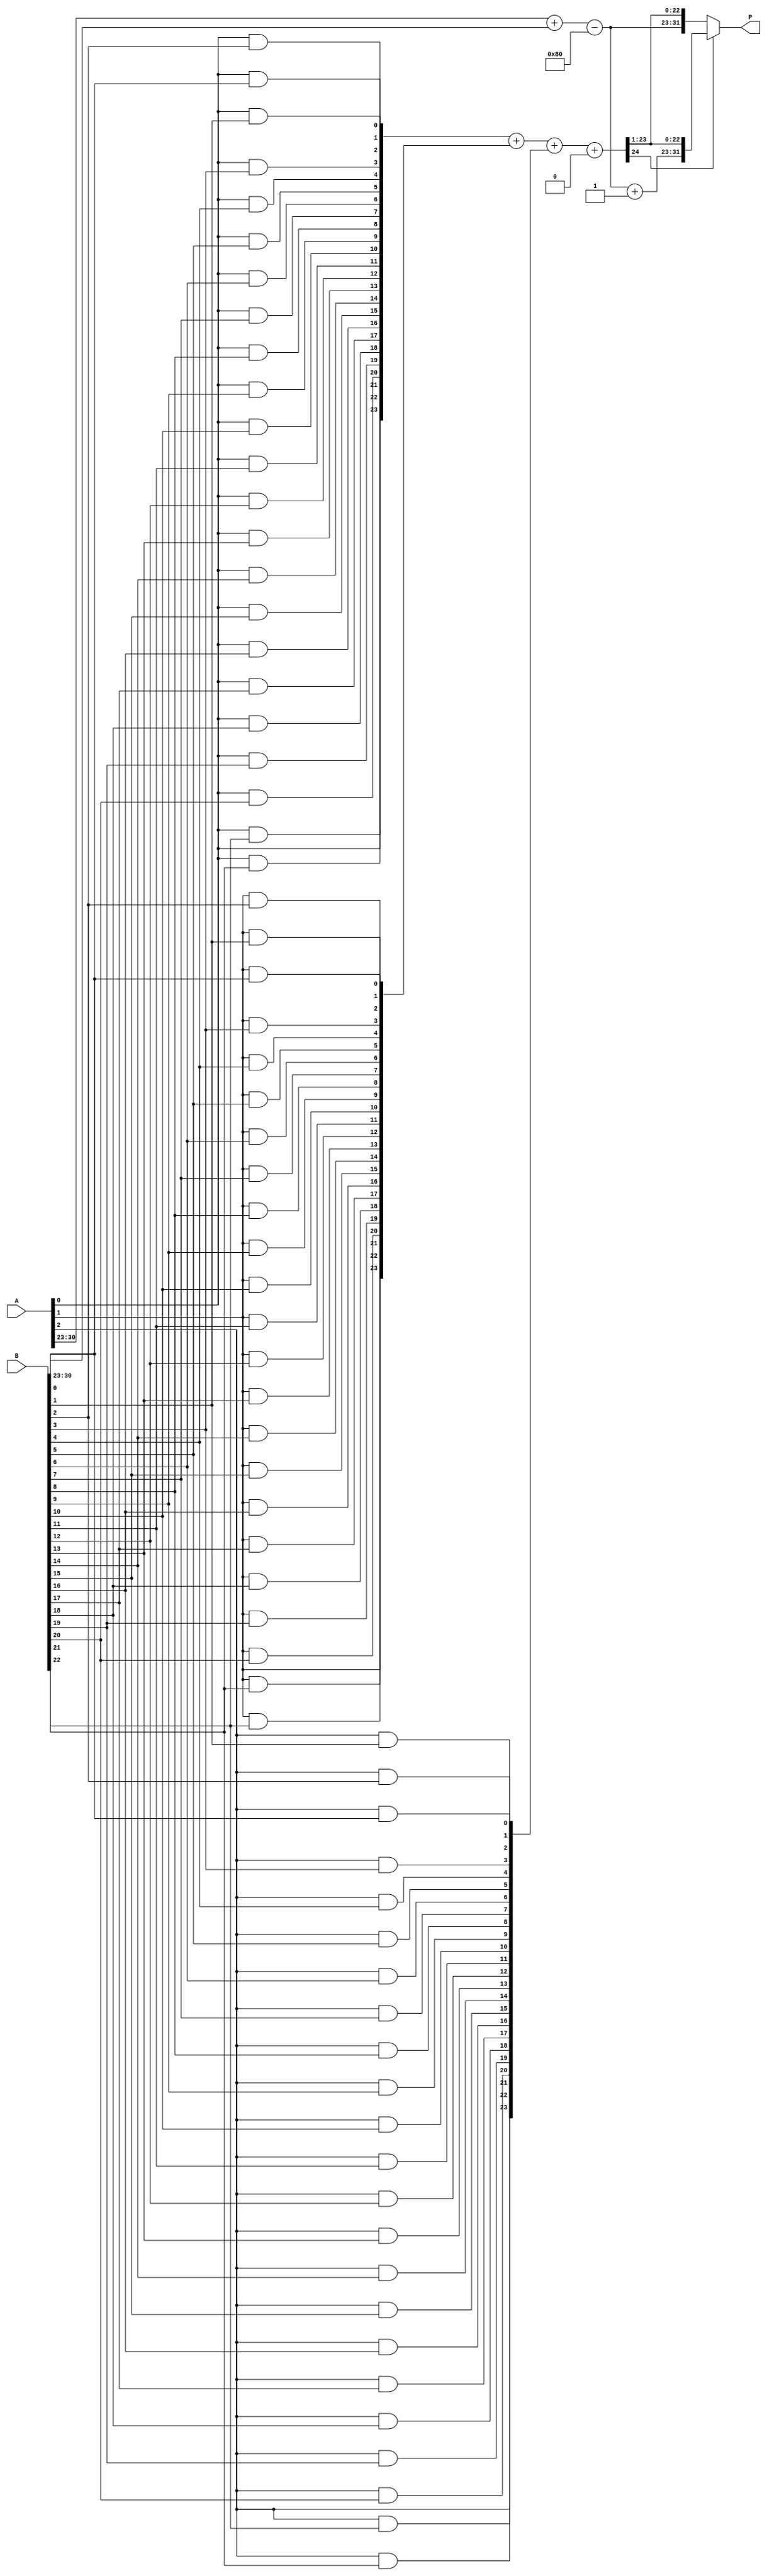
module floating_point_wallace_tree_multiplier #(
    parameter E = 8, // Number of exponent bits
    parameter M = 23  // Number of mantissa bits
)(
    input [E + M:0] A, // Input floating-point number A
    input [E + M:0] B, // Input floating-point number B
    output reg [E + M:0] P // Output floating-point product P
);

    // Extract sign, exponent, and mantissa from inputs
    wire sign_a = A[E + M];
    wire sign_b = B[E + M];
    wire [E - 1:0] exponent_a = A[E + M - 1:E + M - E];
    wire [E - 1:0] exponent_b = B[E + M - 1:E + M - E];
    wire [M:0] mantissa_a = {1'b1, A[M - 1:0]}; // Implicit leading 1
    wire [M:0] mantissa_b = {1'b1, B[M - 1:0]}; // Implicit leading 1

    // Generate partial products
    wire [M:0] partial_products[M:0];
    genvar i, j;
    generate
        for (i = 0; i <= M; i = i + 1) begin : pp_gen
            for (j = 0; j <= M; j = j + 1) begin : pp_gen_inner
                assign partial_products[i][j] = mantissa_a[i] & mantissa_b[j];
            end
        end
    endgenerate

    // Wallace tree reduction
    wire [M + 1:0] sum[M:0];
    wire [M + 1:0] carry[M:0];

    // Initial stage of reduction
    generate
        for (i = 0; i <= M; i = i + 1) begin : reduction_stage
            assign sum[i] = partial_products[i];
            assign carry[i] = 0;
        end
    endgenerate

    // Wallace tree reduction logic (simplified)
    // This is a basic implementation; a full implementation would require more stages
    wire [M + 1:0] final_sum;
    wire [M + 1:0] final_carry;

    // Example of a simple reduction (not fully optimized)
    assign final_sum = sum[0] + sum[1] + sum[2]; // Add first three partial products
    assign final_carry = carry[0] + carry[1] + carry[2]; // Carry from the first three

    // Final addition of the last sums
    wire [M + 1:0] mantissa_result;
    assign mantissa_result = final_sum + final_carry;

    // Exponent calculation
    wire [E:0] exponent_result = exponent_a + exponent_b - (1 << (E - 1)); // Adjust for bias

    // Sign calculation
    wire sign_result = sign_a ^ sign_b;

    // Normalization (simplified)
    reg [E + M:0] normalized_result;
    always @(*) begin
        if (mantissa_result[M + 1]) begin
            normalized_result = {sign_result, exponent_result + 1, mantissa_result[M:1]};
        end else begin
            normalized_result = {sign_result, exponent_result, mantissa_result[M:1]};
        end
    end

    // Output assignment
    always @(*) begin
        P = normalized_result;
    end

endmodule